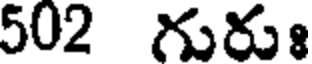
502 గురుః